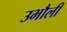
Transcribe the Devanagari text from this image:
उभौली